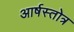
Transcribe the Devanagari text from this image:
आर्षस्तोत्र